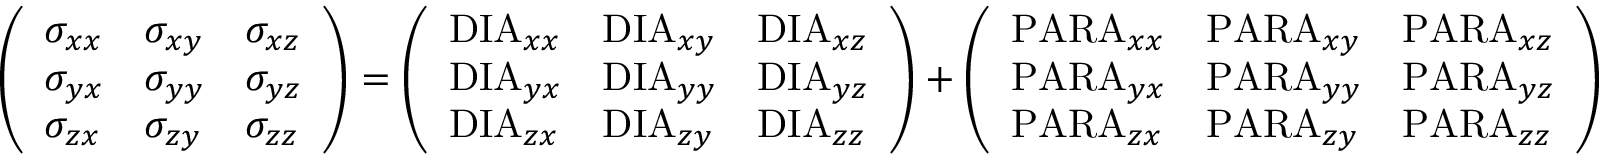
\left( \begin{array} { l l l } { \sigma _ { x x } } & { \sigma _ { x y } } & { \sigma _ { x z } } \\ { \sigma _ { y x } } & { \sigma _ { y y } } & { \sigma _ { y z } } \\ { \sigma _ { z x } } & { \sigma _ { z y } } & { \sigma _ { z z } } \end{array} \right) = \left( \begin{array} { l l l } { \mathrm { D I A } _ { x x } } & { \mathrm { D I A } _ { x y } } & { \mathrm { D I A } _ { x z } } \\ { \mathrm { D I A } _ { y x } } & { \mathrm { D I A } _ { y y } } & { \mathrm { D I A } _ { y z } } \\ { \mathrm { D I A } _ { z x } } & { \mathrm { D I A } _ { z y } } & { \mathrm { D I A } _ { z z } } \end{array} \right) + \left( \begin{array} { l l l } { \mathrm { P A R A } _ { x x } } & { \mathrm { P A R A } _ { x y } } & { \mathrm { P A R A } _ { x z } } \\ { \mathrm { P A R A } _ { y x } } & { \mathrm { P A R A } _ { y y } } & { \mathrm { P A R A } _ { y z } } \\ { \mathrm { P A R A } _ { z x } } & { \mathrm { P A R A } _ { z y } } & { \mathrm { P A R A } _ { z z } } \end{array} \right)